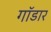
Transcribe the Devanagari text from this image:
गॉडार